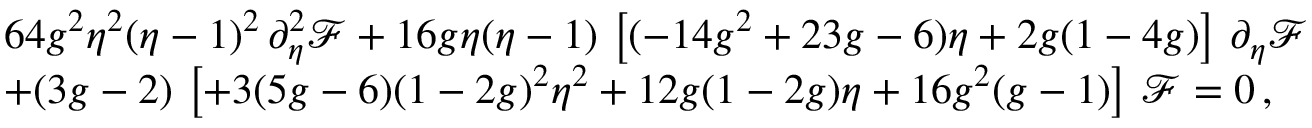
\begin{array} { r l } & { 6 4 g ^ { 2 } \eta ^ { 2 } ( \eta - 1 ) ^ { 2 } \, \partial _ { \eta } ^ { 2 } \mathcal { F } + 1 6 g \eta ( \eta - 1 ) \, \left[ ( - 1 4 g ^ { 2 } + 2 3 g - 6 ) \eta + 2 g ( 1 - 4 g ) \right] \, \partial _ { \eta } \mathcal { F } } \\ & { + ( 3 g - 2 ) \, \left[ + 3 ( 5 g - 6 ) ( 1 - 2 g ) ^ { 2 } \eta ^ { 2 } + 1 2 g ( 1 - 2 g ) \eta + 1 6 g ^ { 2 } ( g - 1 ) \right] \, \mathcal { F } = 0 \, , } \end{array}